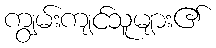
ကျွမ်းကျင်သူများ၏